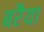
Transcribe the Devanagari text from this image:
बरैया